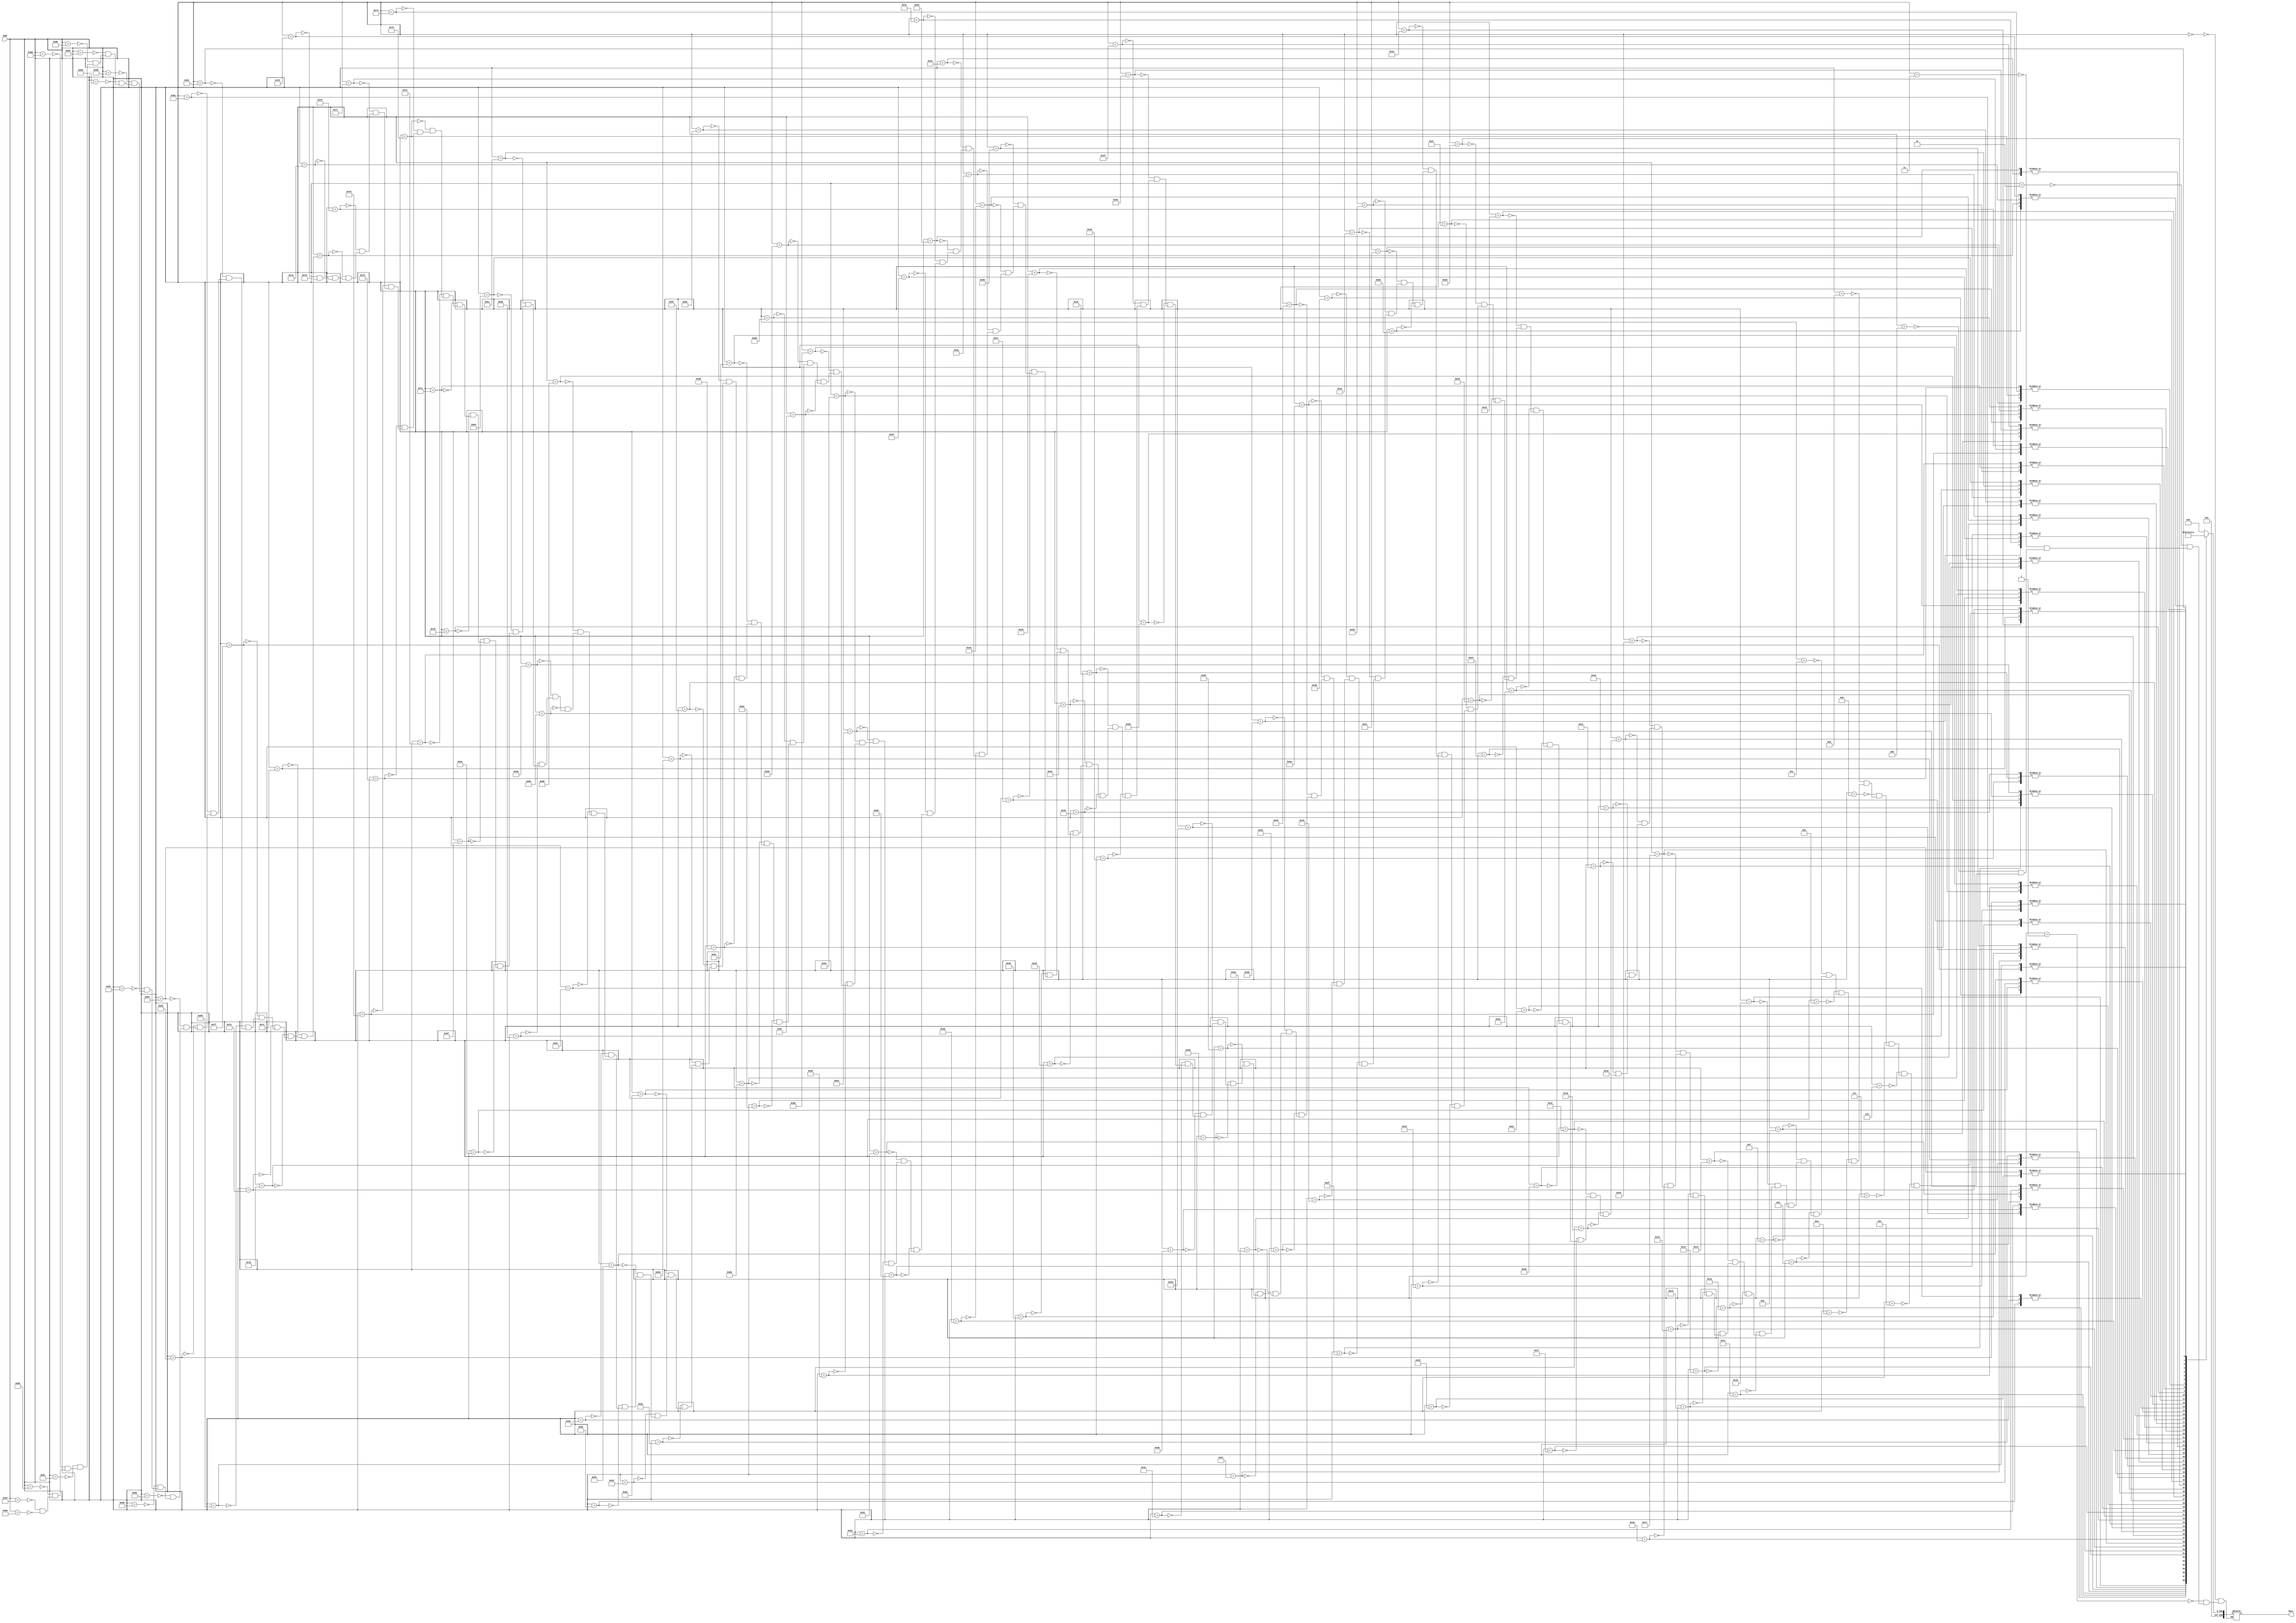
`timescale 1ns / 1ps
//////////////////////////////////////////////////////////////////////////////////
// Company: 
// Engineer: 
// 
// Design Name: 
// Module Name:    ROM_Pentagon 
// Project Name: 
// Target Devices: 
// Tool versions: 
// Description: 
//
// Dependencies: 
//
// Revision: 
// Revision 0.01 - File Created
// Additional Comments: 
//
//////////////////////////////////////////////////////////////////////////////////
module ROM_Pentagon(
    input [7:0] addr,
    output reg [199:0] data
    );

always @* begin
	case(addr)
		8'h0: data = 200'b00000000000000000000000000000000000000000000000000000000000000000000000000000000000000000000000000000000000000000000000000000000000000000000000000000000000000000000000000000000000000000000000000000000;
		8'h1: data = 200'b00000000000000000000000000000000000000000000000000000000000000000000000000000000000000000000000000000000000000000000000000000000000000000000000000000000000000000000000000000000000000000000000000000000;
		8'h2: data = 200'b00000000000000000000000000000000000000000000000000000000000000000000000000000000000000000000000000000000000000000000000000000000000000000000000000000000000000000000000000000000000000000000000000000000;
		8'h3: data = 200'b00000000000000000000000000000000000000000000000000000000000000000000000000000000000000000000000000000000000000000000000000000000000000000000000000000000000000000000000000000000000000000000000000000000;
		8'h4: data = 200'b00000000000000000000000000000000000000000000000000000000000000000000000000000000000000000000000000000000000000000000000000000000000000000000000000000000000000000000000000000000000000000000000000000000;
		8'h5: data = 200'b00000000000000000000000000000000000000000000000000000000000000000000000000000000000000000000000000000000000000000000000000000000000000000000000000000000000000000000000000000000000000000000000000000000;
		8'h6: data = 200'b00000000000000000000000000000000000000000000000000000000000000000000000000000000000000000000000000000000000000000000000000000000000000000000000000000000000000000000000000000000000000000000000000000000;
		8'h7: data = 200'b00000000000000000000000000000000000000000000000000000000000000000000000000000000000000000000000000000000000000000000000000000000000000000000000000000000000000000000000000000000000000000000000000000000;
		8'h8: data = 200'b00000000000000000000000000000000000000000000000000000000000000000000000000000000000000000000000000000000000000000000000000000000000000000000000000000000000000000000000000000000000000000000000000000000;
		8'h9: data = 200'b00000000000000000000000000000000000000000000000000000000000000000000000000000000000000000000000000000000000000000000000000000000000000000000000000000000000000000000000000000000000000000000000000000000;
		8'ha: data = 200'b00000000000000000000000000000000000000000000000000000000000000000000000000000000000000000000000000000000000000000000000000000000000000000000000000000000000000000000000000000000000000000000000000000000;
		8'hb: data = 200'b00000000000000000000000000000000000000000000000000000000000000000000000000000000000000000000000000000000000000000000000000000000000000000000000000000000000000000000000000000000000000000000000000000000;
		8'hc: data = 200'b00000000000000000000000000000000000000000000000000000000000000000000000000000000000000000000000000000000000000000000000000000000000000000000000000000000000000000000000000000000000000000000000000000000;
		8'hd: data = 200'b00000000000000000000000000000000000000000000000000000000000000000000000000000000000000000000000000011100000000000000000000000000000000000000000000000000000000000000000000000000000000000000000000000000;
		8'he: data = 200'b00000000000000000000000000000000000000000000000000000000000000000000000000000000000000000000000000111111000000000000000000000000000000000000000000000000000000000000000000000000000000000000000000000000;
		8'hf: data = 200'b00000000000000000000000000000000000000000000000000000000000000000000000000000000000000000000000011111111100000000000000000000000000000000000000000000000000000000000000000000000000000000000000000000000;
		8'h10: data = 200'b00000000000000000000000000000000000000000000000000000000000000000000000000000000000000000000000111111111110000000000000000000000000000000000000000000000000000000000000000000000000000000000000000000000;
		8'h11: data = 200'b00000000000000000000000000000000000000000000000000000000000000000000000000000000000000000000011111111111111100000000000000000000000000000000000000000000000000000000000000000000000000000000000000000000;
		8'h12: data = 200'b00000000000000000000000000000000000000000000000000000000000000000000000000000000000000000000111111111111111110000000000000000000000000000000000000000000000000000000000000000000000000000000000000000000;
		8'h13: data = 200'b00000000000000000000000000000000000000000000000000000000000000000000000000000000000000000011111111111111111111100000000000000000000000000000000000000000000000000000000000000000000000000000000000000000;
		8'h14: data = 200'b00000000000000000000000000000000000000000000000000000000000000000000000000000000000000000111111111111111111111110000000000000000000000000000000000000000000000000000000000000000000000000000000000000000;
		8'h15: data = 200'b00000000000000000000000000000000000000000000000000000000000000000000000000000000000000011111111111111111111111111100000000000000000000000000000000000000000000000000000000000000000000000000000000000000;
		8'h16: data = 200'b00000000000000000000000000000000000000000000000000000000000000000000000000000000000000111111111111111111111111111110000000000000000000000000000000000000000000000000000000000000000000000000000000000000;
		8'h17: data = 200'b00000000000000000000000000000000000000000000000000000000000000000000000000000000000011111111111111111111111111111111100000000000000000000000000000000000000000000000000000000000000000000000000000000000;
		8'h18: data = 200'b00000000000000000000000000000000000000000000000000000000000000000000000000000000000111111111111111111111111111111111110000000000000000000000000000000000000000000000000000000000000000000000000000000000;
		8'h19: data = 200'b00000000000000000000000000000000000000000000000000000000000000000000000000000000011111111111111111111111111111111111111100000000000000000000000000000000000000000000000000000000000000000000000000000000;
		8'h1a: data = 200'b00000000000000000000000000000000000000000000000000000000000000000000000000000000111111111111111111111111111111111111111110000000000000000000000000000000000000000000000000000000000000000000000000000000;
		8'h1b: data = 200'b00000000000000000000000000000000000000000000000000000000000000000000000000000011111111111111111111111111111111111111111111100000000000000000000000000000000000000000000000000000000000000000000000000000;
		8'h1c: data = 200'b00000000000000000000000000000000000000000000000000000000000000000000000000000111111111111111111111111111111111111111111111110000000000000000000000000000000000000000000000000000000000000000000000000000;
		8'h1d: data = 200'b00000000000000000000000000000000000000000000000000000000000000000000000000011111111111111111111111111111111111111111111111111100000000000000000000000000000000000000000000000000000000000000000000000000;
		8'h1e: data = 200'b00000000000000000000000000000000000000000000000000000000000000000000000000111111111111111111111111111111111111111111111111111110000000000000000000000000000000000000000000000000000000000000000000000000;
		8'h1f: data = 200'b00000000000000000000000000000000000000000000000000000000000000000000000011111111111111111111111111111111111111111111111111111111100000000000000000000000000000000000000000000000000000000000000000000000;
		8'h20: data = 200'b00000000000000000000000000000000000000000000000000000000000000000000000111111111111111111111111111111111111111111111111111111111110000000000000000000000000000000000000000000000000000000000000000000000;
		8'h21: data = 200'b00000000000000000000000000000000000000000000000000000000000000000000011111111111111111111111111111111111111111111111111111111111111100000000000000000000000000000000000000000000000000000000000000000000;
		8'h22: data = 200'b00000000000000000000000000000000000000000000000000000000000000000000111111111111111111111111111111111111111111111111111111111111111110000000000000000000000000000000000000000000000000000000000000000000;
		8'h23: data = 200'b00000000000000000000000000000000000000000000000000000000000000000001111111111111111111111111111111111111111111111111111111111111111111100000000000000000000000000000000000000000000000000000000000000000;
		8'h24: data = 200'b00000000000000000000000000000000000000000000000000000000000000000111111111111111111111111111111111111111111111111111111111111111111111110000000000000000000000000000000000000000000000000000000000000000;
		8'h25: data = 200'b00000000000000000000000000000000000000000000000000000000000000001111111111111111111111111111111111111111111111111111111111111111111111111000000000000000000000000000000000000000000000000000000000000000;
		8'h26: data = 200'b00000000000000000000000000000000000000000000000000000000000000111111111111111111111111111111111111111111111111111111111111111111111111111110000000000000000000000000000000000000000000000000000000000000;
		8'h27: data = 200'b00000000000000000000000000000000000000000000000000000000000001111111111111111111111111111111111111111111111111111111111111111111111111111111000000000000000000000000000000000000000000000000000000000000;
		8'h28: data = 200'b00000000000000000000000000000000000000000000000000000000000111111111111111111111111111111111111111111111111111111111111111111111111111111111110000000000000000000000000000000000000000000000000000000000;
		8'h29: data = 200'b00000000000000000000000000000000000000000000000000000000001111111111111111111111111111111111111111111111111111111111111111111111111111111111111000000000000000000000000000000000000000000000000000000000;
		8'h2a: data = 200'b00000000000000000000000000000000000000000000000000000000111111111111111111111111111111111111111111111111111111111111111111111111111111111111111110000000000000000000000000000000000000000000000000000000;
		8'h2b: data = 200'b00000000000000000000000000000000000000000000000000000001111111111111111111111111111111111111111111111111111111111111111111111111111111111111111111000000000000000000000000000000000000000000000000000000;
		8'h2c: data = 200'b00000000000000000000000000000000000000000000000000000111111111111111111111111111111111111111111111111111111111111111111111111111111111111111111111110000000000000000000000000000000000000000000000000000;
		8'h2d: data = 200'b00000000000000000000000000000000000000000000000000001111111111111111111111111111111111111111111111111111111111111111111111111111111111111111111111111000000000000000000000000000000000000000000000000000;
		8'h2e: data = 200'b00000000000000000000000000000000000000000000000000111111111111111111111111111111111111111111111111111111111111111111111111111111111111111111111111111110000000000000000000000000000000000000000000000000;
		8'h2f: data = 200'b00000000000000000000000000000000000000000000000001111111111111111111111111111111111111111111111111111111111111111111111111111111111111111111111111111111000000000000000000000000000000000000000000000000;
		8'h30: data = 200'b00000000000000000000000000000000000000000000000111111111111111111111111111111111111111111111111111111111111111111111111111111111111111111111111111111111110000000000000000000000000000000000000000000000;
		8'h31: data = 200'b00000000000000000000000000000000000000000000001111111111111111111111111111111111111111111111111111111111111111111111111111111111111111111111111111111111111000000000000000000000000000000000000000000000;
		8'h32: data = 200'b00000000000000000000000000000000000000000000111111111111111111111111111111111111111111111111111111111111111111111111111111111111111111111111111111111111111110000000000000000000000000000000000000000000;
		8'h33: data = 200'b00000000000000000000000000000000000000000001111111111111111111111111111111111111111111111111111111111111111111111111111111111111111111111111111111111111111111000000000000000000000000000000000000000000;
		8'h34: data = 200'b00000000000000000000000000000000000000000111111111111111111111111111111111111111111111111111111111111111111111111111111111111111111111111111111111111111111111110000000000000000000000000000000000000000;
		8'h35: data = 200'b00000000000000000000000000000000000000001111111111111111111111111111111111111111111111111111111111111111111111111111111111111111111111111111111111111111111111111000000000000000000000000000000000000000;
		8'h36: data = 200'b00000000000000000000000000000000000000111111111111111111111111111111111111111111111111111111111111111111111111111111111111111111111111111111111111111111111111111110000000000000000000000000000000000000;
		8'h37: data = 200'b00000000000000000000000000000000000001111111111111111111111111111111111111111111111111111111111111111111111111111111111111111111111111111111111111111111111111111111000000000000000000000000000000000000;
		8'h38: data = 200'b00000000000000000000000000000000000011111111111111111111111111111111111111111111111111111111111111111111111111111111111111111111111111111111111111111111111111111111110000000000000000000000000000000000;
		8'h39: data = 200'b00000000000000000000000000000000001111111111111111111111111111111111111111111111111111111111111111111111111111111111111111111111111111111111111111111111111111111111111000000000000000000000000000000000;
		8'h3a: data = 200'b00000000000000000000000000000000011111111111111111111111111111111111111111111111111111111111111111111111111111111111111111111111111111111111111111111111111111111111111100000000000000000000000000000000;
		8'h3b: data = 200'b00000000000000000000000000000000011111111111111111111111111111111111111111111111111111111111111111111111111111111111111111111111111111111111111111111111111111111111111100000000000000000000000000000000;
		8'h3c: data = 200'b00000000000000000000000000000000011111111111111111111111111111111111111111111111111111111111111111111111111111111111111111111111111111111111111111111111111111111111111100000000000000000000000000000000;
		8'h3d: data = 200'b00000000000000000000000000000000001111111111111111111111111111111111111111111111111111111111111111111111111111111111111111111111111111111111111111111111111111111111111000000000000000000000000000000000;
		8'h3e: data = 200'b00000000000000000000000000000000001111111111111111111111111111111111111111111111111111111111111111111111111111111111111111111111111111111111111111111111111111111111111000000000000000000000000000000000;
		8'h3f: data = 200'b00000000000000000000000000000000001111111111111111111111111111111111111111111111111111111111111111111111111111111111111111111111111111111111111111111111111111111111111000000000000000000000000000000000;
		8'h40: data = 200'b00000000000000000000000000000000000111111111111111111111111111111111111111111111111111111111111111111111111111111111111111111111111111111111111111111111111111111111110000000000000000000000000000000000;
		8'h41: data = 200'b00000000000000000000000000000000000111111111111111111111111111111111111111111111111111111111111111111111111111111111111111111111111111111111111111111111111111111111110000000000000000000000000000000000;
		8'h42: data = 200'b00000000000000000000000000000000000111111111111111111111111111111111111111111111111111111111111111111111111111111111111111111111111111111111111111111111111111111111110000000000000000000000000000000000;
		8'h43: data = 200'b00000000000000000000000000000000000011111111111111111111111111111111111111111111111111111111111111111111111111111111111111111111111111111111111111111111111111111111100000000000000000000000000000000000;
		8'h44: data = 200'b00000000000000000000000000000000000011111111111111111111111111111111111111111111111111111111111111111111111111111111111111111111111111111111111111111111111111111111100000000000000000000000000000000000;
		8'h45: data = 200'b00000000000000000000000000000000000011111111111111111111111111111111111111111111111111111111111111111111111111111111111111111111111111111111111111111111111111111111100000000000000000000000000000000000;
		8'h46: data = 200'b00000000000000000000000000000000000001111111111111111111111111111111111111111111111111111111111111111111111111111111111111111111111111111111111111111111111111111111000000000000000000000000000000000000;
		8'h47: data = 200'b00000000000000000000000000000000000001111111111111111111111111111111111111111111111111111111111111111111111111111111111111111111111111111111111111111111111111111111000000000000000000000000000000000000;
		8'h48: data = 200'b00000000000000000000000000000000000001111111111111111111111111111111111111111111111111111111111111111111111111111111111111111111111111111111111111111111111111111111000000000000000000000000000000000000;
		8'h49: data = 200'b00000000000000000000000000000000000000111111111111111111111111111111111111111111111111111111111111111111111111111111111111111111111111111111111111111111111111111110000000000000000000000000000000000000;
		8'h4a: data = 200'b00000000000000000000000000000000000000111111111111111111111111111111111111111111111111111111111111111111111111111111111111111111111111111111111111111111111111111110000000000000000000000000000000000000;
		8'h4b: data = 200'b00000000000000000000000000000000000000011111111111111111111111111111111111111111111111111111111111111111111111111111111111111111111111111111111111111111111111111110000000000000000000000000000000000000;
		8'h4c: data = 200'b00000000000000000000000000000000000000011111111111111111111111111111111111111111111111111111111111111111111111111111111111111111111111111111111111111111111111111100000000000000000000000000000000000000;
		8'h4d: data = 200'b00000000000000000000000000000000000000011111111111111111111111111111111111111111111111111111111111111111111111111111111111111111111111111111111111111111111111111100000000000000000000000000000000000000;
		8'h4e: data = 200'b00000000000000000000000000000000000000001111111111111111111111111111111111111111111111111111111111111111111111111111111111111111111111111111111111111111111111111000000000000000000000000000000000000000;
		8'h4f: data = 200'b00000000000000000000000000000000000000001111111111111111111111111111111111111111111111111111111111111111111111111111111111111111111111111111111111111111111111111000000000000000000000000000000000000000;
		8'h50: data = 200'b00000000000000000000000000000000000000001111111111111111111111111111111111111111111111111111111111111111111111111111111111111111111111111111111111111111111111111000000000000000000000000000000000000000;
		8'h51: data = 200'b00000000000000000000000000000000000000000111111111111111111111111111111111111111111111111111111111111111111111111111111111111111111111111111111111111111111111110000000000000000000000000000000000000000;
		8'h52: data = 200'b00000000000000000000000000000000000000000111111111111111111111111111111111111111111111111111111111111111111111111111111111111111111111111111111111111111111111110000000000000000000000000000000000000000;
		8'h53: data = 200'b00000000000000000000000000000000000000000111111111111111111111111111111111111111111111111111111111111111111111111111111111111111111111111111111111111111111111110000000000000000000000000000000000000000;
		8'h54: data = 200'b00000000000000000000000000000000000000000011111111111111111111111111111111111111111111111111111111111111111111111111111111111111111111111111111111111111111111100000000000000000000000000000000000000000;
		8'h55: data = 200'b00000000000000000000000000000000000000000011111111111111111111111111111111111111111111111111111111111111111111111111111111111111111111111111111111111111111111100000000000000000000000000000000000000000;
		8'h56: data = 200'b00000000000000000000000000000000000000000011111111111111111111111111111111111111111111111111111111111111111111111111111111111111111111111111111111111111111111100000000000000000000000000000000000000000;
		8'h57: data = 200'b00000000000000000000000000000000000000000001111111111111111111111111111111111111111111111111111111111111111111111111111111111111111111111111111111111111111111000000000000000000000000000000000000000000;
		8'h58: data = 200'b00000000000000000000000000000000000000000001111111111111111111111111111111111111111111111111111111111111111111111111111111111111111111111111111111111111111111000000000000000000000000000000000000000000;
		8'h59: data = 200'b00000000000000000000000000000000000000000001111111111111111111111111111111111111111111111111111111111111111111111111111111111111111111111111111111111111111111000000000000000000000000000000000000000000;
		8'h5a: data = 200'b00000000000000000000000000000000000000000000111111111111111111111111111111111111111111111111111111111111111111111111111111111111111111111111111111111111111110000000000000000000000000000000000000000000;
		8'h5b: data = 200'b00000000000000000000000000000000000000000000111111111111111111111111111111111111111111111111111111111111111111111111111111111111111111111111111111111111111110000000000000000000000000000000000000000000;
		8'h5c: data = 200'b00000000000000000000000000000000000000000000111111111111111111111111111111111111111111111111111111111111111111111111111111111111111111111111111111111111111110000000000000000000000000000000000000000000;
		8'h5d: data = 200'b00000000000000000000000000000000000000000000011111111111111111111111111111111111111111111111111111111111111111111111111111111111111111111111111111111111111100000000000000000000000000000000000000000000;
		8'h5e: data = 200'b00000000000000000000000000000000000000000000011111111111111111111111111111111111111111111111111111111111111111111111111111111111111111111111111111111111111100000000000000000000000000000000000000000000;
		8'h5f: data = 200'b00000000000000000000000000000000000000000000001111111111111111111111111111111111111111111111111111111111111111111111111111111111111111111111111111111111111100000000000000000000000000000000000000000000;
		8'h60: data = 200'b00000000000000000000000000000000000000000000001111111111111111111111111111111111111111111111111111111111111111111111111111111111111111111111111111111111111000000000000000000000000000000000000000000000;
		8'h61: data = 200'b00000000000000000000000000000000000000000000001111111111111111111111111111111111111111111111111111111111111111111111111111111111111111111111111111111111111000000000000000000000000000000000000000000000;
		8'h62: data = 200'b00000000000000000000000000000000000000000000000111111111111111111111111111111111111111111111111111111111111111111111111111111111111111111111111111111111110000000000000000000000000000000000000000000000;
		8'h63: data = 200'b00000000000000000000000000000000000000000000000111111111111111111111111111111111111111111111111111111111111111111111111111111111111111111111111111111111110000000000000000000000000000000000000000000000;
		8'h64: data = 200'b00000000000000000000000000000000000000000000000111111111111111111111111111111111111111111111111111111111111111111111111111111111111111111111111111111111110000000000000000000000000000000000000000000000;
		8'h65: data = 200'b00000000000000000000000000000000000000000000000011111111111111111111111111111111111111111111111111111111111111111111111111111111111111111111111111111111100000000000000000000000000000000000000000000000;
		8'h66: data = 200'b00000000000000000000000000000000000000000000000011111111111111111111111111111111111111111111111111111111111111111111111111111111111111111111111111111111100000000000000000000000000000000000000000000000;
		8'h67: data = 200'b00000000000000000000000000000000000000000000000011111111111111111111111111111111111111111111111111111111111111111111111111111111111111111111111111111111100000000000000000000000000000000000000000000000;
		8'h68: data = 200'b00000000000000000000000000000000000000000000000001111111111111111111111111111111111111111111111111111111111111111111111111111111111111111111111111111111000000000000000000000000000000000000000000000000;
		8'h69: data = 200'b00000000000000000000000000000000000000000000000001111111111111111111111111111111111111111111111111111111111111111111111111111111111111111111111111111111000000000000000000000000000000000000000000000000;
		8'h6a: data = 200'b00000000000000000000000000000000000000000000000001111111111111111111111111111111111111111111111111111111111111111111111111111111111111111111111111111111000000000000000000000000000000000000000000000000;
		8'h6b: data = 200'b00000000000000000000000000000000000000000000000000111111111111111111111111111111111111111111111111111111111111111111111111111111111111111111111111111110000000000000000000000000000000000000000000000000;
		8'h6c: data = 200'b00000000000000000000000000000000000000000000000000111111111111111111111111111111111111111111111111111111111111111111111111111111111111111111111111111110000000000000000000000000000000000000000000000000;
		8'h6d: data = 200'b00000000000000000000000000000000000000000000000000111111111111111111111111111111111111111111111111111111111111111111111111111111111111111111111111111110000000000000000000000000000000000000000000000000;
		8'h6e: data = 200'b00000000000000000000000000000000000000000000000000011111111111111111111111111111111111111111111111111111111111111111111111111111111111111111111111111100000000000000000000000000000000000000000000000000;
		8'h6f: data = 200'b00000000000000000000000000000000000000000000000000011111111111111111111111111111111111111111111111111111111111111111111111111111111111111111111111111100000000000000000000000000000000000000000000000000;
		8'h70: data = 200'b00000000000000000000000000000000000000000000000000001111111111111111111111111111111111111111111111111111111111111111111111111111111111111111111111111100000000000000000000000000000000000000000000000000;
		8'h71: data = 200'b00000000000000000000000000000000000000000000000000001111111111111111111111111111111111111111111111111111111111111111111111111111111111111111111111111000000000000000000000000000000000000000000000000000;
		8'h72: data = 200'b00000000000000000000000000000000000000000000000000001111111111111111111111111111111111111111111111111111111111111111111111111111111111111111111111111000000000000000000000000000000000000000000000000000;
		8'h73: data = 200'b00000000000000000000000000000000000000000000000000000111111111111111111111111111111111111111111111111111111111111111111111111111111111111111111111110000000000000000000000000000000000000000000000000000;
		8'h74: data = 200'b00000000000000000000000000000000000000000000000000000111111111111111111111111111111111111111111111111111111111111111111111111111111111111111111111110000000000000000000000000000000000000000000000000000;
		8'h75: data = 200'b00000000000000000000000000000000000000000000000000000111111111111111111111111111111111111111111111111111111111111111111111111111111111111111111111110000000000000000000000000000000000000000000000000000;
		8'h76: data = 200'b00000000000000000000000000000000000000000000000000000011111111111111111111111111111111111111111111111111111111111111111111111111111111111111111111100000000000000000000000000000000000000000000000000000;
		8'h77: data = 200'b00000000000000000000000000000000000000000000000000000011111111111111111111111111111111111111111111111111111111111111111111111111111111111111111111100000000000000000000000000000000000000000000000000000;
		8'h78: data = 200'b00000000000000000000000000000000000000000000000000000011111111111111111111111111111111111111111111111111111111111111111111111111111111111111111111100000000000000000000000000000000000000000000000000000;
		8'h79: data = 200'b00000000000000000000000000000000000000000000000000000001111111111111111111111111111111111111111111111111111111111111111111111111111111111111111111000000000000000000000000000000000000000000000000000000;
		8'h7a: data = 200'b00000000000000000000000000000000000000000000000000000001111111111111111111111111111111111111111111111111111111111111111111111111111111111111111111000000000000000000000000000000000000000000000000000000;
		8'h7b: data = 200'b00000000000000000000000000000000000000000000000000000001111111111111111111111111111111111111111111111111111111111111111111111111111111111111111111000000000000000000000000000000000000000000000000000000;
		8'h7c: data = 200'b00000000000000000000000000000000000000000000000000000000111111111111111111111111111111111111111111111111111111111111111111111111111111111111111110000000000000000000000000000000000000000000000000000000;
		8'h7d: data = 200'b00000000000000000000000000000000000000000000000000000000111111111111111111111111111111111111111111111111111111111111111111111111111111111111111110000000000000000000000000000000000000000000000000000000;
		8'h7e: data = 200'b00000000000000000000000000000000000000000000000000000000111111111111111111111111111111111111111111111111111111111111111111111111111111111111111110000000000000000000000000000000000000000000000000000000;
		8'h7f: data = 200'b00000000000000000000000000000000000000000000000000000000011111111111111111111111111111111111111111111111111111111111111111111111111111111111111100000000000000000000000000000000000000000000000000000000;
		8'h80: data = 200'b00000000000000000000000000000000000000000000000000000000011111111111111111111111111111111111111111111111111111111111111111111111111111111111111100000000000000000000000000000000000000000000000000000000;
		8'h81: data = 200'b00000000000000000000000000000000000000000000000000000000001111111111111111111111111111111111111111111111111111111111111111111111111111111111111100000000000000000000000000000000000000000000000000000000;
		8'h82: data = 200'b00000000000000000000000000000000000000000000000000000000001111111111111111111111111111111111111111111111111111111111111111111111111111111111111000000000000000000000000000000000000000000000000000000000;
		8'h83: data = 200'b00000000000000000000000000000000000000000000000000000000001111111111111111111111111111111111111111111111111111111111111111111111111111111111111000000000000000000000000000000000000000000000000000000000;
		8'h84: data = 200'b00000000000000000000000000000000000000000000000000000000000111111111111111111111111111111111111111111111111111111111111111111111111111111111110000000000000000000000000000000000000000000000000000000000;
		8'h85: data = 200'b00000000000000000000000000000000000000000000000000000000000000000000000000000000000000000000000000000000000000000000000000000000000000000000000000000000000000000000000000000000000000000000000000000000;
		8'h86: data = 200'b00000000000000000000000000000000000000000000000000000000000000000000000000000000000000000000000000000000000000000000000000000000000000000000000000000000000000000000000000000000000000000000000000000000;
		8'h87: data = 200'b00000000000000000000000000000000000000000000000000000000000000000000000000000000000000000000000000000000000000000000000000000000000000000000000000000000000000000000000000000000000000000000000000000000;
		8'h88: data = 200'b00000000000000000000000000000000000000000000000000000000000000000000000000000000000000000000000000000000000000000000000000000000000000000000000000000000000000000000000000000000000000000000000000000000;
		8'h89: data = 200'b00000000000000000000000000000000000000000000000000000000000000000000000000000000000000000000000000000000000000000000000000000000000000000000000000000000000000000000000000000000000000000000000000000000;
		8'h8a: data = 200'b00000000000000000000000000000000000000000000000000000000000000000000000000000000000000000000000000000000000000000000000000000000000000000000000000000000000000000000000000000000000000000000000000000000;
		8'h8b: data = 200'b00000000000000000000000000000000000000000000000000000000000000000000000000000000000000000000000000000000000000000000000000000000000000000000000000000000000000000000000000000000000000000000000000000000;
		8'h8c: data = 200'b00000000000000000000000000000000000000000000000000000000000000000000000000000000000000000000000000000000000000000000000000000000000000000000000000000000000000000000000000000000000000000000000000000000;
		8'h8d: data = 200'b00000000000000000000000000000000000000000000000000000000000000000000000000000000000000000000000000000000000000000000000000000000000000000000000000000000000000000000000000000000000000000000000000000000;
		8'h8e: data = 200'b00000000000000000000000000000000000000000000000000000000000000000000000000000000000000000000000000000000000000000000000000000000000000000000000000000000000000000000000000000000000000000000000000000000;
		8'h8f: data = 200'b00000000000000000000000000000000000000000000000000000000000000000000000000000000000000000000000000000000000000000000000000000000000000000000000000000000000000000000000000000000000000000000000000000000;
		8'h90: data = 200'b00000000000000000000000000000000000000000000000000000000000000000000000000000000000000000000000000000000000000000000000000000000000000000000000000000000000000000000000000000000000000000000000000000000;
	endcase
end

endmodule